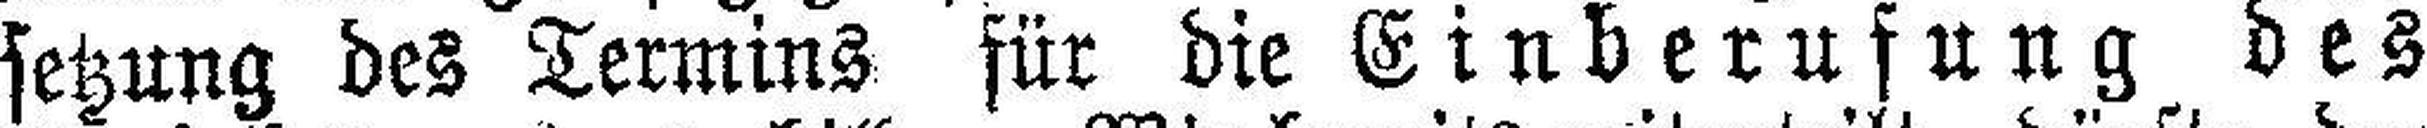
setzung des Termins für die Einberufung des